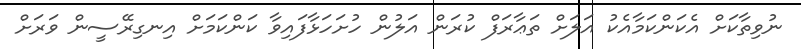
ނުވިތާކަށް އެކަންކަމާއެކު އަލަށް ތަޢާރަފް ކުރަން އަލުން ހުށަހަޅާފައިވާ ކަންކަމަށް އިނގިރޭސީން ވަރަށް